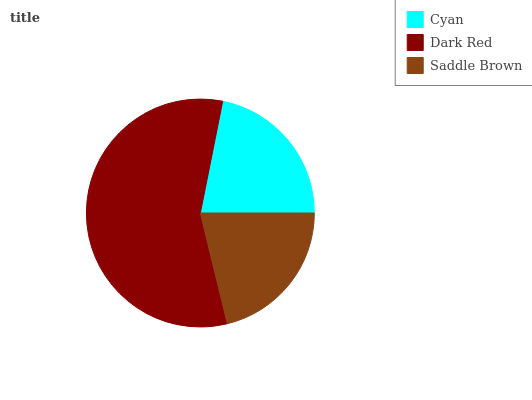
| Cyan | Dark Red | Saddle Brown |
 | --- | --- | --- |
 | 21.8% | 57% | 21.2% |